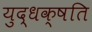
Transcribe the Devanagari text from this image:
युद्धक्षति